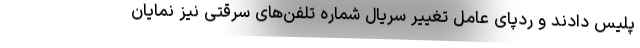
پلیس دادند و ردپای عامل تغییر سریال شماره تلفن‌های سرقتی نیز نمایان